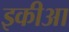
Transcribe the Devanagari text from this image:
इकीआ